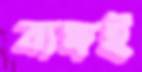
ব্যঙ্গই